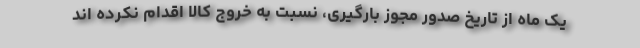
یک ماه از تاریخ صدور مجوز بارگیری، نسبت به خروج کالا اقدام نکرده اند